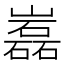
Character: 𡾏